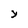
Character: Y